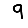
Digit: 9